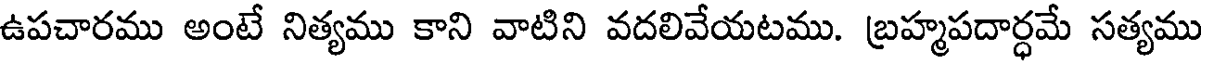
ఉపచారము అంటే నిత్యము కాని వాటిని వదలివేయటము. బ్రహ్మపదార్ధమే సత్యము